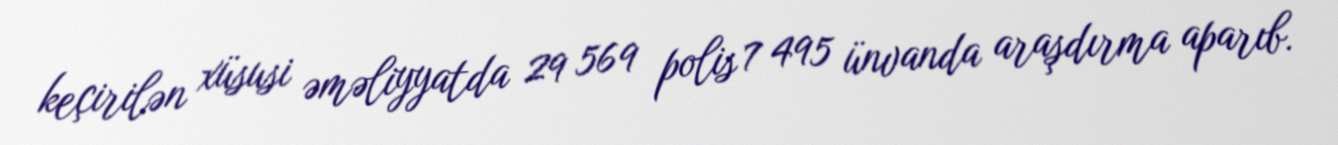
keçirilən xüsusi əməliyyatda 29 569 polis 7 495 ünvanda araşdırma aparıb.